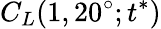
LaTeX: C_{L}(1,20^{\circ};t^{*})